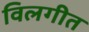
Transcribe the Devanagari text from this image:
विलगीत